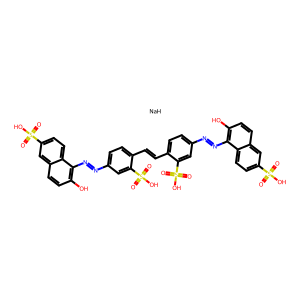
SMILES: O=S(=O)(O)c1ccc2c(N=Nc3ccc(C=Cc4ccc(N=Nc5c(O)ccc6cc(S(=O)(=O)O)ccc56)cc4S(=O)(=O)O)c(S(=O)(=O)O)c3)c(O)ccc2c1.[NaH]
Inhibits HIV replication: Yes